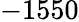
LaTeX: -1550